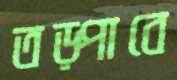
তড়্‌পাবে